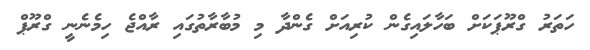
ހަތަރު ގްރޫޕަކަށް ބަހާލައިގެން ކުރިއަށް ގެންދާ މި މުބާރާތުގައި ރާއްޖެ ހިމެނެނީ ގްރޫޕް